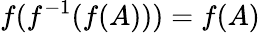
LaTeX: f(f^{-1}(f(A)))=f(A)